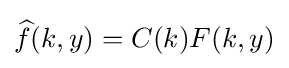
{\widehat {f}}(k,y)=C(k)F(k,y)